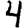
Digit: 4